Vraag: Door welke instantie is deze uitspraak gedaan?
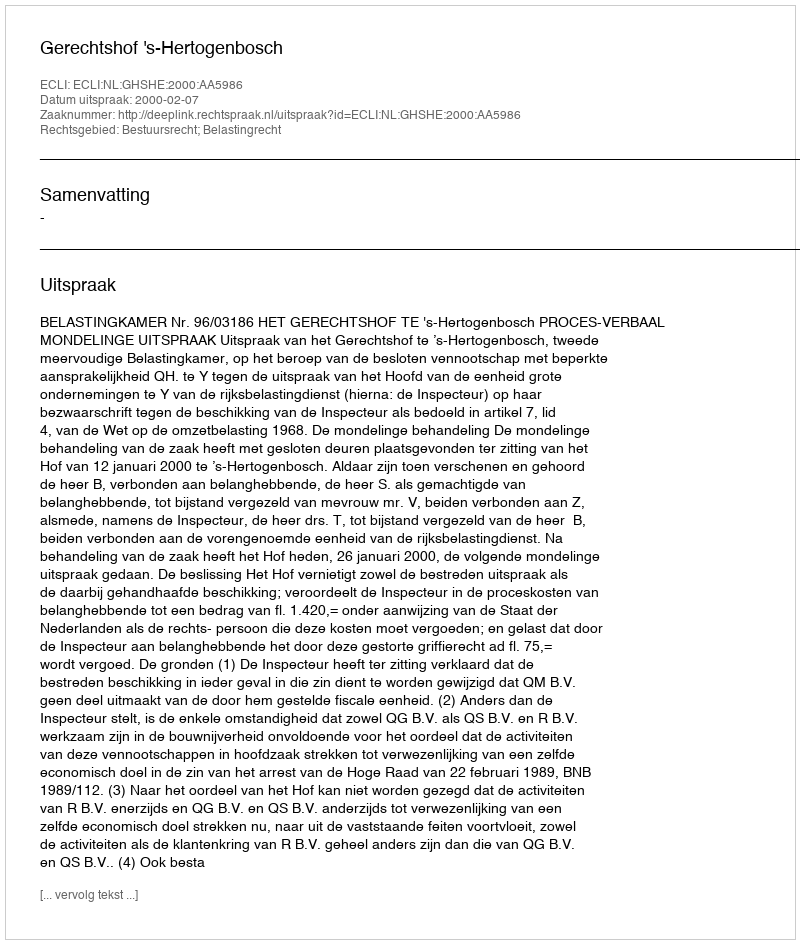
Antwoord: Gerechtshof 's-Hertogenbosch